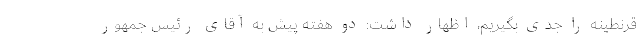
قرنطینه را جدی بگیریم، اظهار داشت: دو هفته پیش به آقای رئیس جمهور